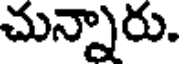
చున్నారు.